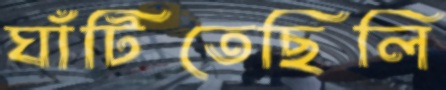
ঘাঁটিতেছিলি